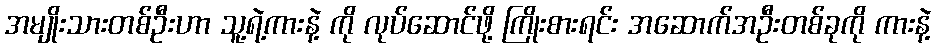
အမျိုးသားတစ်ဦးဟာ သူ့ရဲ့ကားနဲ့ ကို လုပ်ဆောင်ဖို့ ကြိုးစားရင်း အဆောက်အဦးတစ်ခုကို ကားနဲ့